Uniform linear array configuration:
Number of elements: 64
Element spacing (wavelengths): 0.25
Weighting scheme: blackman
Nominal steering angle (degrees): -60
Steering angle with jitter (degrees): -61.133
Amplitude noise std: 0.05
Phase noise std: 0.05

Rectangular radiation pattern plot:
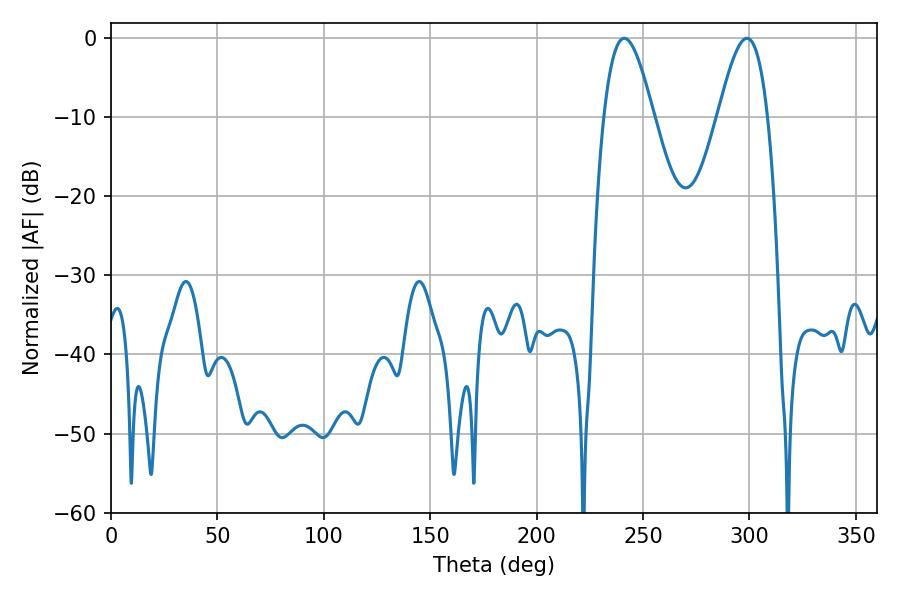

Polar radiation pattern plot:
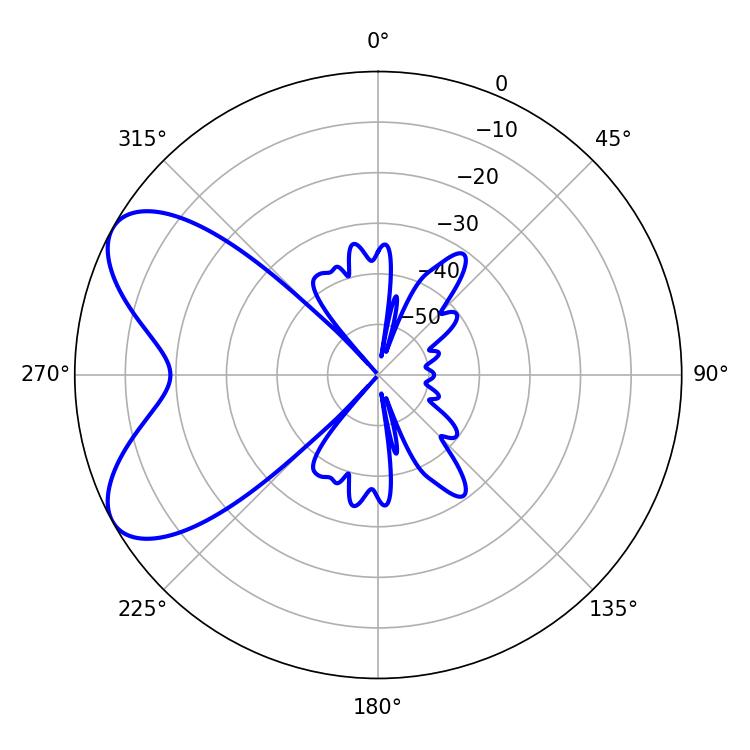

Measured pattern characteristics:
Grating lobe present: FALSE
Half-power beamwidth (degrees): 12.42
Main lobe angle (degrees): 241.2